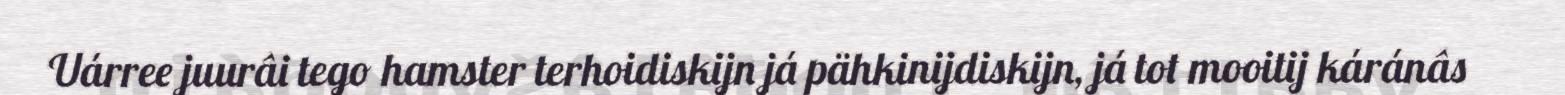
Uárree juurâi tego hamster terhoidiskijn já pähkinijdiskijn, já tot mooitij káránâs